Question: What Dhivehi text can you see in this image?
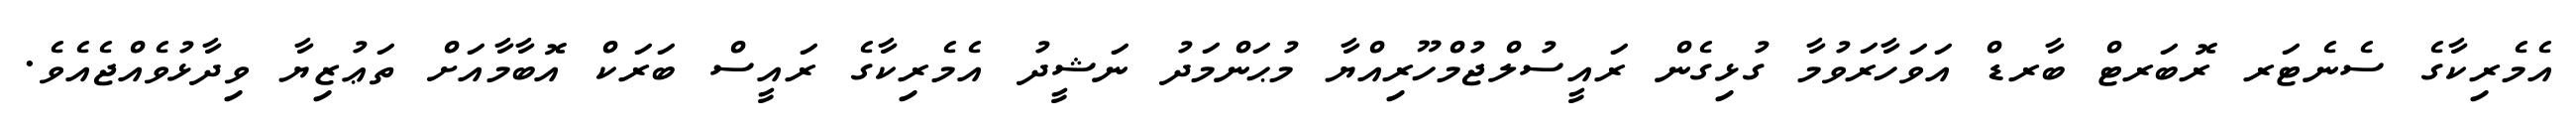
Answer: އެމެރިކާގެ ސެނެޓަރ ރޮބަރޓް ބާރޑް އަވަހާރަވުމާ ގުޅިގެން ރައީސުލްޖުމްހޫރިއްޔާ މުޙަންމަދު ނަޝީދު އެމެރިކާގެ ރައީސް ބަރަކް އޮބާމާއަށް ތަޢުޒިޔާ ވިދާޅުވެއްޖެއެވެ.